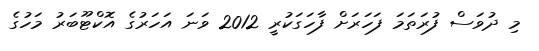
މި ދުވަސް ފުރަތަމަ ފަހަރަށް ފާހަގަކުރީ 2012 ވަނަ އަހަރުގެ އޮކްޓޫބަރު މަހުގެ